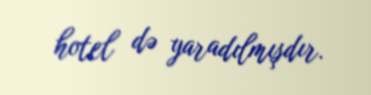
hotel də yaradılmışdır.